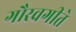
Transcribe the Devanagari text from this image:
गौरवगीते